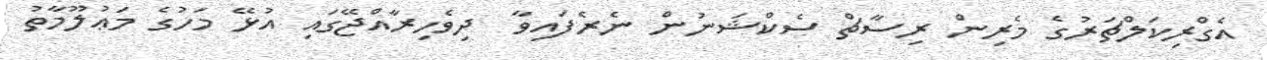
އެގްރިކަލްޗަރުގެ މެރިން ރިސާޗް ސެކްޝަނުން ނެރެފައިވާ  ދިވެހިރާއްޖޭގައި އުޅޭ މަހުގެ މަޢުލޫމާތު